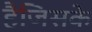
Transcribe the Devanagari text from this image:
हैजिसके